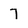
Character: 7